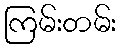
ကြမ်းတမ်း